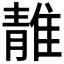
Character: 𨿬